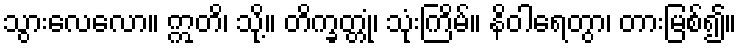
သွားလေလော။ ဣတိ၊ သို့။ တိက္ခတ္တုံ၊ သုံးကြိမ်။ နိဝါရေတွာ၊ တားမြစ်၍။